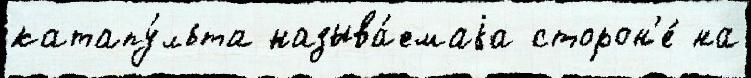
катапу́льта называ́емаjа сторон'е́ на